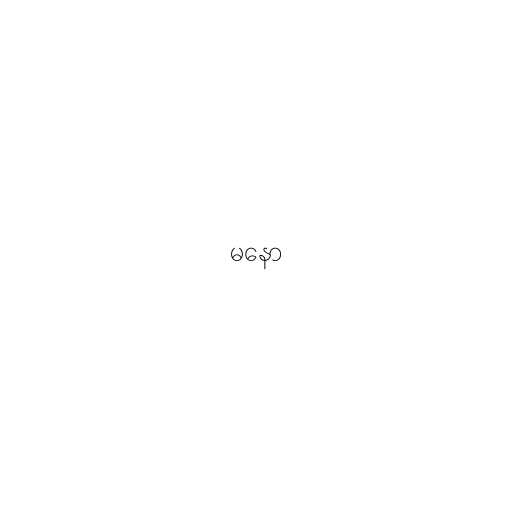
မနော